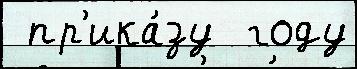
 пр'ика́зу  году